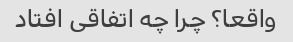
واقعا؟ چرا چه اتفاقی افتاد